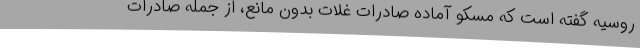
روسیه گفته است که مسکو آماده صادرات غلات بدون مانع، از جمله صادرات